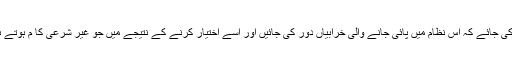
ساتھ ہی اس بات کی کوشش کی جائے کہ اس نظام میں پائی جانے والی خرابیاں دور کی جائیں اور اسے اختیار کرنے کے نتیجے میں جو غیر شرعی کا م ہوتے ہوں ان سے اجتناب کیا جائے۔